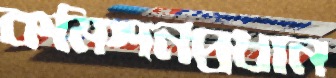
কমিশনপ্রধান